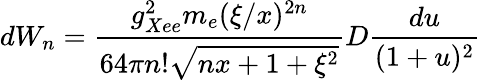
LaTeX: dW_{n}={\frac{g_{Xee}^{2}m_{e}(\xi/x)^{2n}}{64\pi n!\sqrt{nx+1+\xi^{2}}}}D{\frac{du}{(1+u)^{2}}}